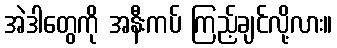
အဲဒါတွေကို အနီးကပ် ကြည့်ချင်လို့လား။